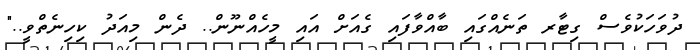
ދުވަހަކުވެސް ގިޓާރ ތަނެއްގައި ބާއްވާފައި ގެއަށް އައި މީހެއްނޫން.. ދެން މިއަދު ކިހިނެތްވީ.."